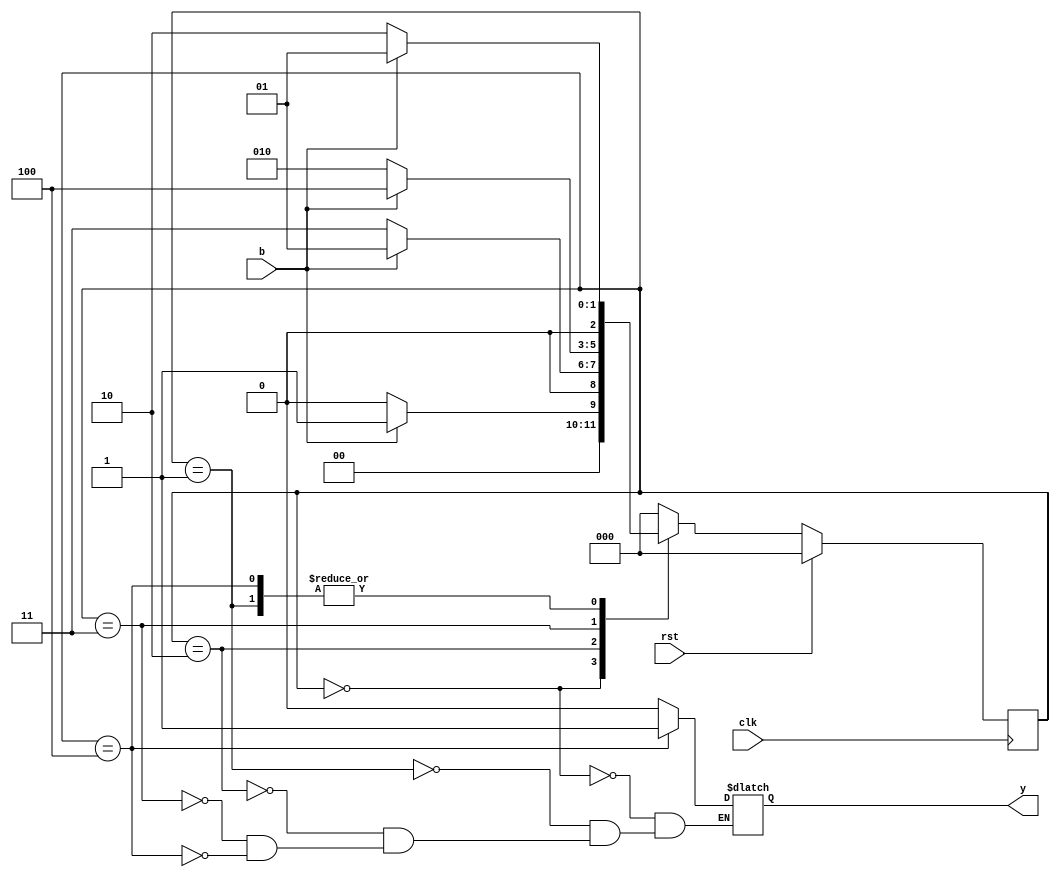
module Lab_2FSM(b, clk, rst, y); //1001 Sequence Detector
	input b, clk, rst;
	output reg y;
	
	parameter s0 = 3'b000, 
				 s1 = 3'b001,
				 s2 = 3'b010,
				 s3 = 3'b011,
				 s4 = 3'b100;
				 
	reg [2:0] p_state, n_state;
	
	always @ (posedge clk) 
		begin
			if (rst == 1) 
				p_state <= s0;
			else 
				p_state <= n_state;
		end
	
	always @ (p_state , b) 
		begin case (p_state)
			
			s0: 
			begin
				if (b==1)
					n_state = s1;
				else 
					n_state = s0;
			end
			
			s1: 
			begin
				if (b==1)
					n_state = s1;
				else 
					n_state = s2;
			end
			
			s2: 
			begin
				if (b==1)
					n_state = s1;
				else 
					n_state = s3;
			end
			
			s3: 
			begin
				if (b==1)
					n_state = s4;
				else 
					n_state = s2;
			end
			
			s4: 
			begin
				if (b==1)
					n_state = s1;
				else 
					n_state = s2;
			end
			default: n_state = s0;
		endcase
	
	end
	
	always @ (p_state) begin
		case (p_state)
			s0: y <= 0;
			s1: y <= 0;
			s2: y <= 0;
			s3: y <= 0;
			s4: y <= 1;
			
		endcase
	end 
	
endmodule